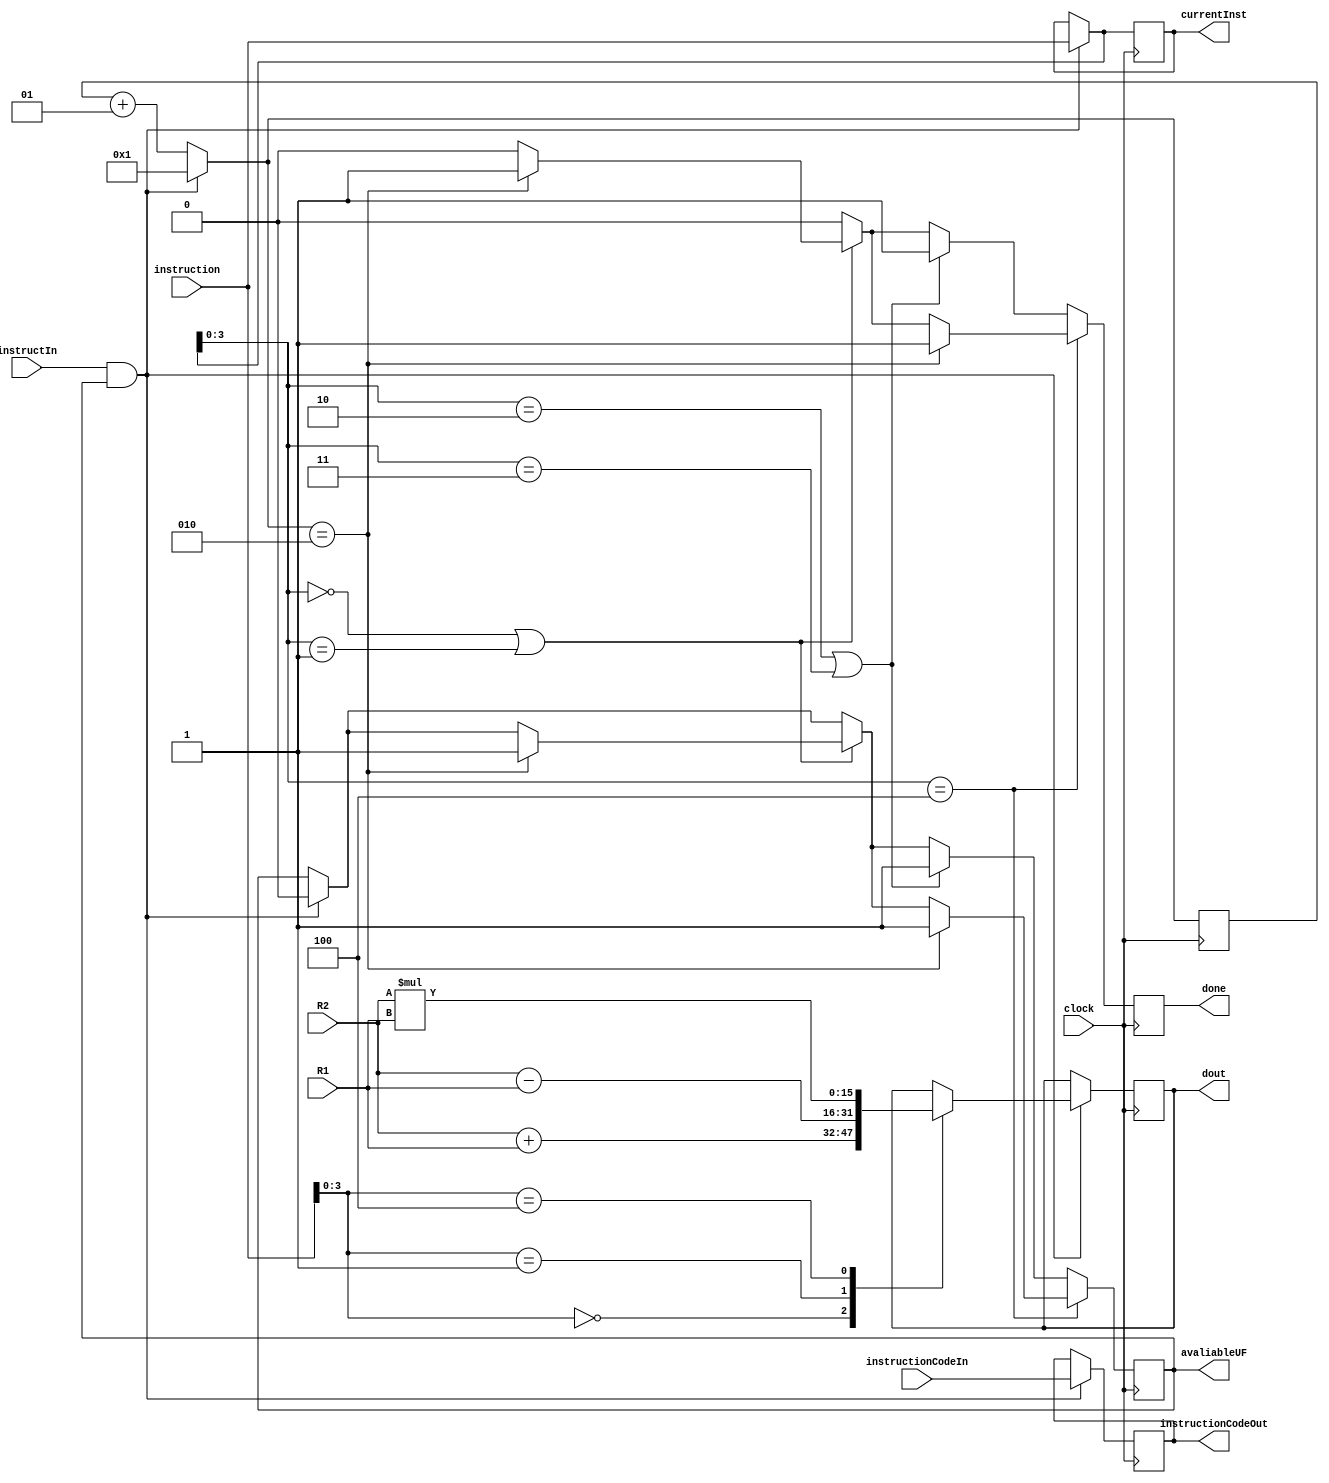
module Functional_Unit(
	input clock, 
	input [15:0]instruction, 
	input instructIn, 
	input [2:0]instructionCodeIn, 
	output reg[2:0]instructionCodeOut, 
	output reg done, 
	output reg [15:0]currentInst, 
	output reg [15:0]dout, 
	output reg avaliableUF, 
	input [15:0]R1, R2
);
initial 
	begin
		currentInst = 16'b0000000000001111; done = 0; avaliableUF = 1;
	end

integer cont;

always @(posedge clock)
	begin
	done=0;	
	
	if(instructIn == 1 && avaliableUF == 1)
		begin	
			avaliableUF = 0;
			currentInst = instruction;
			cont = 1;
			instructionCodeOut = instructionCodeIn;
		
			case(instruction[3:0])
				4'b0000: 
					dout <= R2 + R1;
				4'b0001: 
					dout <= R2 - R1;
				4'b0100: 
					dout <= R2 * R1;
			endcase
		end
	else
		cont = cont + 1;
	
	if(currentInst[3:0] == 4'b0000 || currentInst[3:0] == 4'b0001)
		begin
		if(cont == 2)
			begin
				done = 1'b1;
				avaliableUF = 1;
			end
		end
	if(currentInst[3:0] == 4'b0100)
		begin
		if(cont == 2)
			begin
				done = 1'b1;
				avaliableUF = 1;
			end
		end
	else 
		begin
		if(currentInst[3:0] == 4'b0010 || currentInst[3:0] == 4'b0011)
			begin
				done = 1'b1;
				avaliableUF = 1;
			end
		end
	end

endmodule